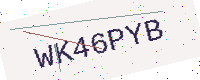
Text: WK46PYB